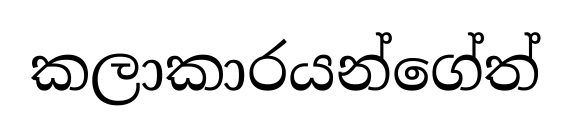
කලාකාරයන්ගේත්